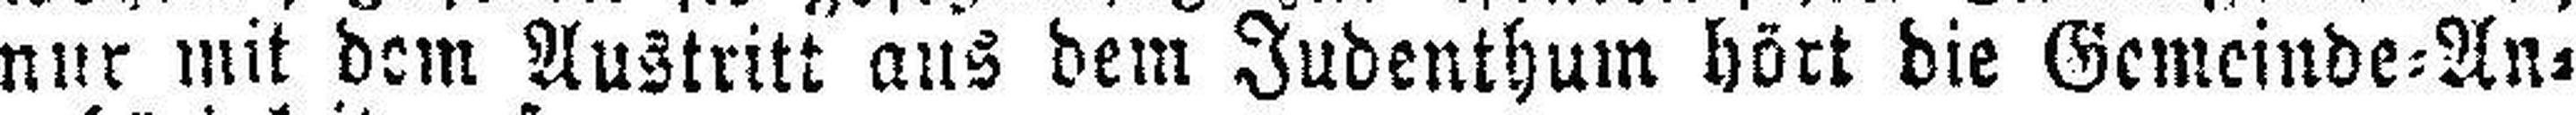
nur mit dem Austritt aus dem Judenthum hört die Gemeinde=An¬